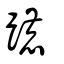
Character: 蹗